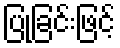
ပြုခြင်းဖြင့်